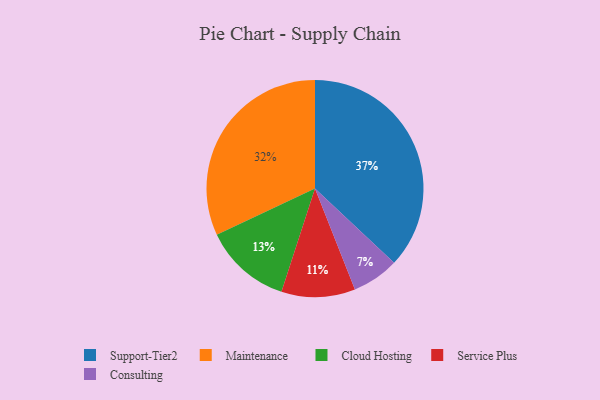
{"axis": {"x": "Category", "y": "Percentage"}, "legend": ["Cloud Hosting", "Consulting", "Maintenance", "Service Plus", "Support-Tier2"], "data": [{"x": "Support-Tier2", "y": 37, "type": "Support-Tier2"}, {"x": "Consulting", "y": 7, "type": "Consulting"}, {"x": "Maintenance", "y": 32, "type": "Maintenance"}, {"x": "Service Plus", "y": 11, "type": "Service Plus"}, {"x": "Cloud Hosting", "y": 13, "type": "Cloud Hosting"}]}